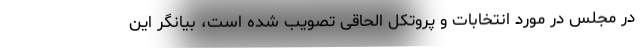
در مجلس در مورد انتخابات و پروتکل الحاقی تصویب شده است، بیانگر این